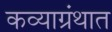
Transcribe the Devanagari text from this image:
कव्याग्रंथात